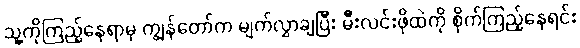
သူ့ကိုကြည့်နေရာမှ ကျွန်တော်က မျက်လွှာချပြီး မီးလင်းဖိုထဲကို စိုက်ကြည့်နေရင်း